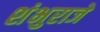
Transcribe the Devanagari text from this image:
शंभुराजे